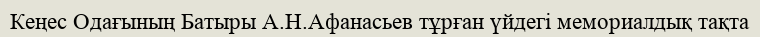
Кеңес Одағының Батыры А.Н.Афанасьев тұрған үйдегі мемориалдық тақта